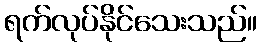
ရက်လုပ်နိုင်သေးသည်။